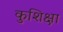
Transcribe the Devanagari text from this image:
कुशिक्षा